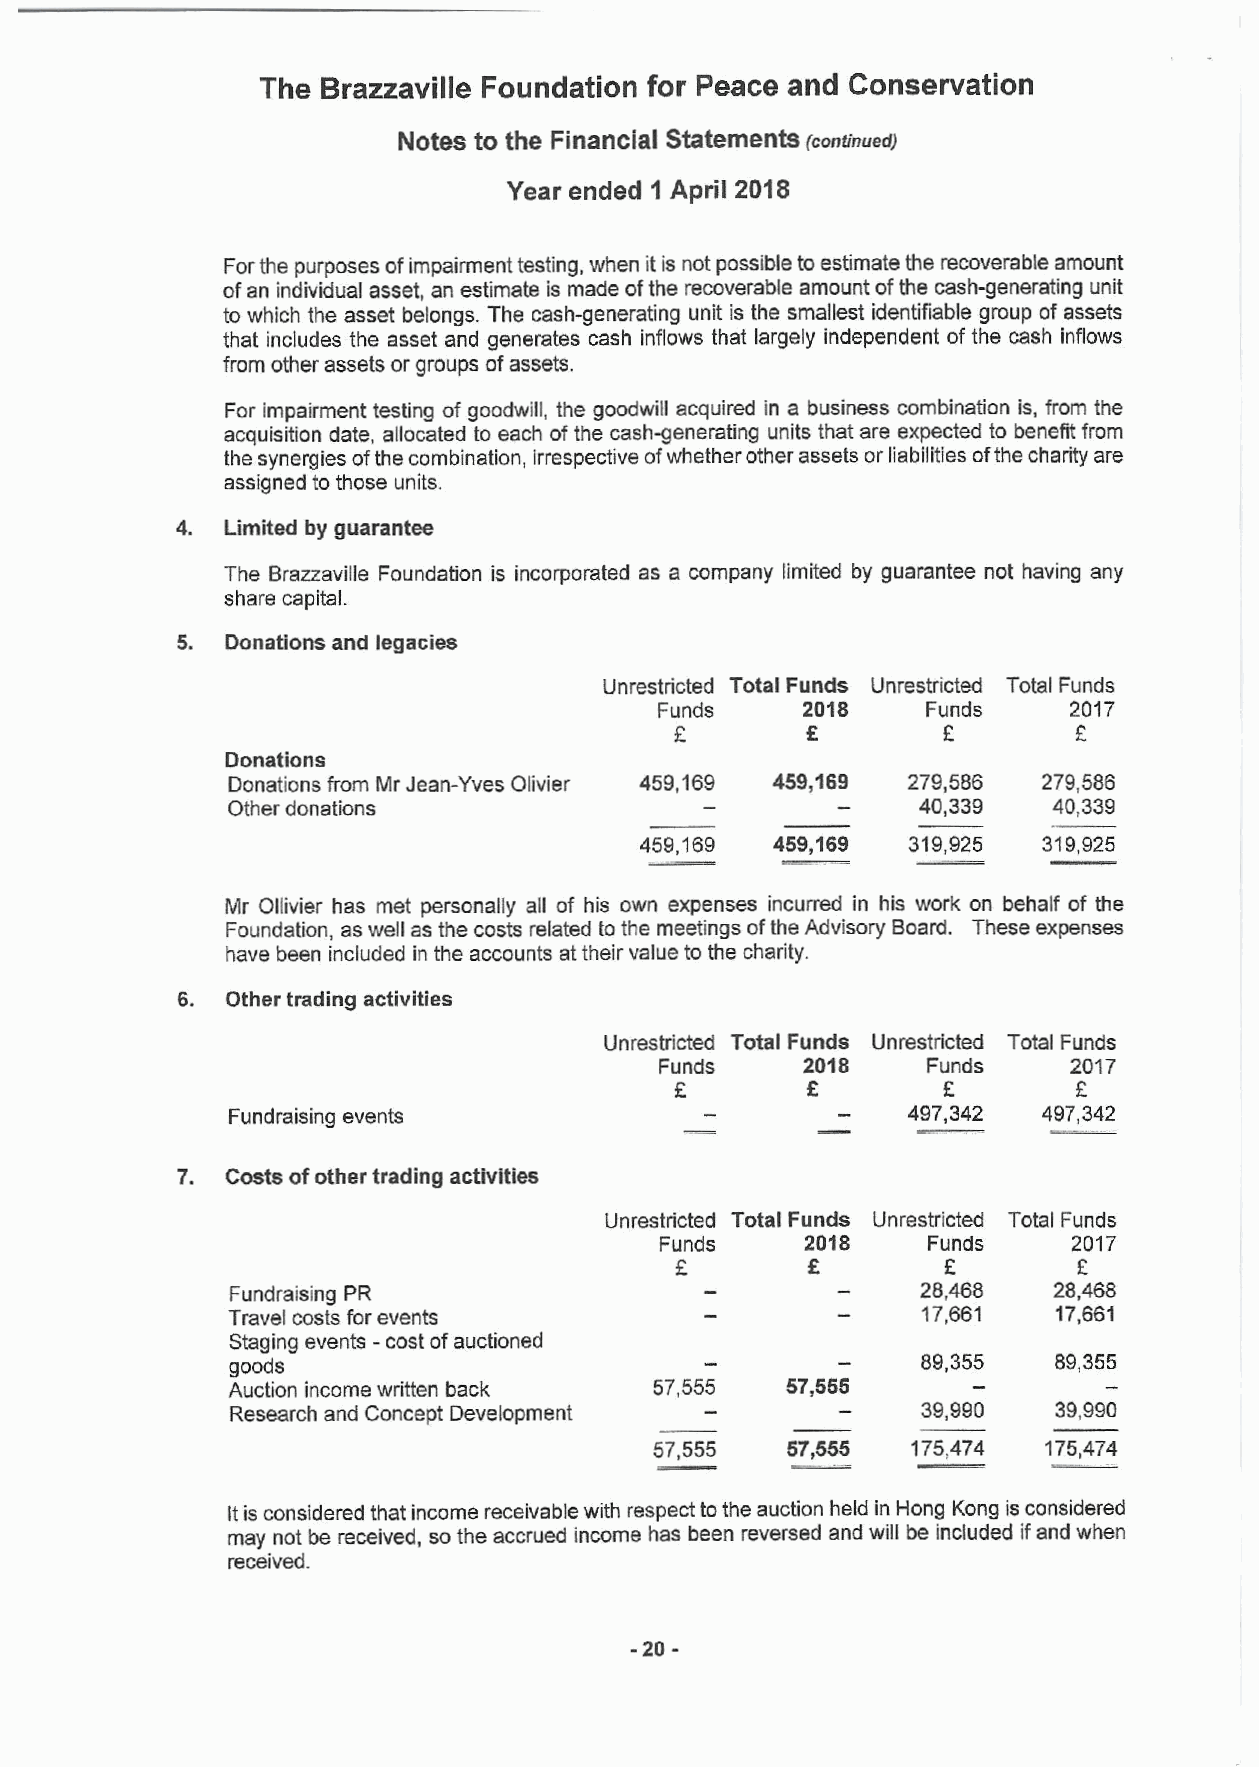
The Brazzaville Foundation for Peace and Conservation
 Notes to the Financial Statements(continued)
 Year ended 1 April 2018
 Forthepurposesofimpairmenttesting,whenitisnotpossibletoestimatetherecoverableamount
 of anindividualasset,an estimateis madeoftherecoverable amountof thecash-generatingunit
 to which the asset belongs. The cash-generating unit is the smallest identifiable group of assets
 that includes the asset and generates cash inflows that largely independent of the cash inflows
 fromotherassetsorgroupsof assets.
 For impairment testing of goodwill, the goodwill acquired in a business combination is, from the
 acquisition date, allocated to each of the cash-generating units thatare expected to benefit from
 thesynergiesofthecombination,irrespectiveofwhetherotherassetsorliabilitiesofthecharityare
 assignedtothoseunits.
 4. Limitedbyguarantee
 The Brazzaville Foundation is incorporated as a company limited by guarantee not having any
 sharecapital.
 5. Donationsandlegacies
 Unrestricted TotalFunds Unrestricted TotalFunds
 Funds    2018     Funds    2017
 £        £        £        £
 Donations
 DonationsfromMrJean-YvesOlivier 459,169 459,169 279,586 279,586
 Otherdonations                                40,339   40,339
 459,169  459,169 319,925  319,925
 Mr Ollivier has met personally all of his own expenses incurred in his work on behalf of the
 Foundation,aswellasthecostsrelatedtothemeetingsof theAdvisoryBoard. Theseexpenses
 havebeenincludedintheaccountsattheirvaluetothe charity.
 6. Othertradingactivities
 Unrestricted TotalFunds Unrestricted TotalFunds
 Funds    2018     Funds    2017
 £        £        £        £
 Fundraising events                           497,342  497,342
 7. Costsofothertradingactivities
 Unrestricted TotalFunds Unrestricted TotalFunds
 Funds    2018     Funds    2017
 £        £        £        £
 FundraisingPR                                 28,468   28,468
 Travelcosts forevents                         17,661   17,661
 Stagingevents-costof auctioned
 goods                                         89,355   89,355
 Auctionincomewrittenback    57,555   57,555
 ResearchandConceptDevelopment                 39,990   39,990
 57,555   57,555  175,474  175,474
 ItisconsideredthatincomereceivablewithrespecttotheauctionheldinFlongKongisconsidered
 may notbe received, so theaccruedincome has beenreversedand willbe includedif andwhen
 received.
 -
 -20